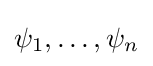
\psi _{1},\ldots ,\psi _{n}